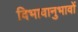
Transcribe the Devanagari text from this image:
विभावानुभावों